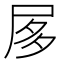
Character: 㞔